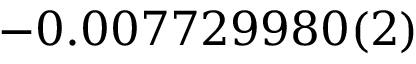
- 0 . 0 0 7 7 2 9 9 8 0 ( 2 )